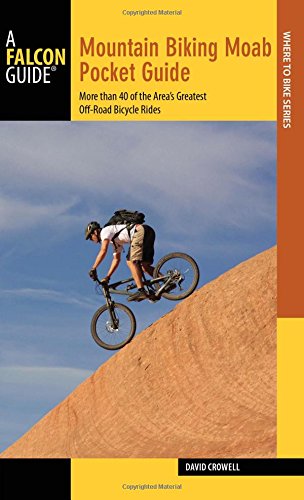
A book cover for Mountain Biking Moab Pocket Guide: More than 40 of the Area's Greatest Off-Road Bicycle Rides (Regional Mountain Biking Series); David Crowell; Travel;